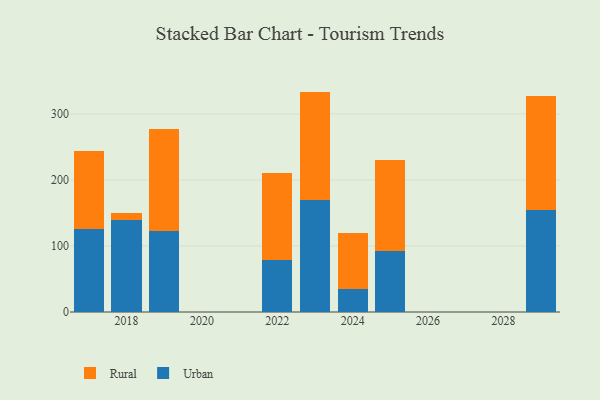
{"axis": {"x": "Year", "y": "LTV (USD)"}, "legend": ["Rural", "Urban"], "data": [{"x": "2017", "y": 125.4, "type": "Urban"}, {"x": "2017", "y": 118.0, "type": "Rural"}, {"x": "2025", "y": 91.7, "type": "Urban"}, {"x": "2025", "y": 139.0, "type": "Rural"}, {"x": "2024", "y": 34.6, "type": "Urban"}, {"x": "2024", "y": 85.7, "type": "Rural"}, {"x": "2022", "y": 78.4, "type": "Urban"}, {"x": "2022", "y": 132.8, "type": "Rural"}, {"x": "2029", "y": 154.7, "type": "Urban"}, {"x": "2029", "y": 172.9, "type": "Rural"}, {"x": "2023", "y": 169.4, "type": "Urban"}, {"x": "2023", "y": 164.4, "type": "Rural"}, {"x": "2019", "y": 122.9, "type": "Urban"}, {"x": "2019", "y": 153.6, "type": "Rural"}, {"x": "2018", "y": 139.6, "type": "Urban"}, {"x": "2018", "y": 10.7, "type": "Rural"}]}